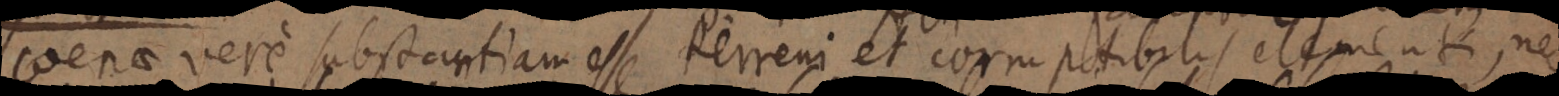
coenae vere substantiam esse terreni et corruptibilis elementi, nec